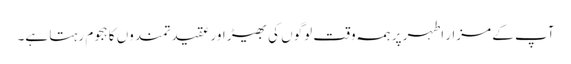
آپ کے مزار اطہر پر ہمہ وقت لوگوں کی بھیڑ اور عقیدتمندوں کا ہجوم رہتا ہے۔